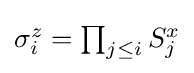
{\textstyle \sigma _{i}^{z}=\prod _{j\leq i}S_{j}^{x}}